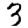
Digit: 3